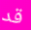
قد